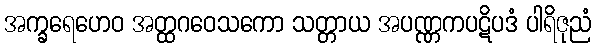
အက္ခရေဟေဝ အတ္ထဂဝေသကော သတ္တာယ အပဏ္ဏကပဋိပဒံ ပါရိဇုညံ